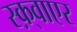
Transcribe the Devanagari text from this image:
स्क़्वाएर